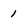
Character: 1